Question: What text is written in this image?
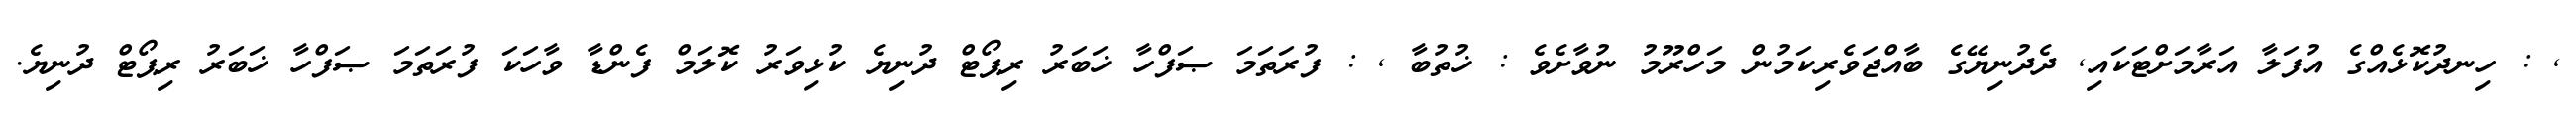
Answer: , : ހިނދުކޮޅެއްގެ އުފަލާ އަރާމަށްޓަކައި, ދެދުނިޔޭގެ ބާއްޖަވެރިކަމުން މަހްރޫމު ނުވާށެވެ : ޚުތުބާ , : ފުރަތަމަ ޞަފްހާ ޚަބަރު ރިޕޯޓް ދުނިޔެ ކުޅިވަރު ކޮލަމް ފެންޑާ ވާހަކަ ފުރަތަމަ ޞަފްހާ ޚަބަރު ރިޕޯޓް ދުނިޔެ.